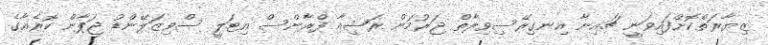
ޒިޔާރަތްކޮށްފައިވަނީ ޗައިނާ އިނގިރޭސިވިލާތް ޖަރުމަން ރަޝިއާ ފްރާންސް އިޓަލީ ސްވިޒަލޭންޑު ޖަޕާން ކޮރެއާގެ